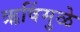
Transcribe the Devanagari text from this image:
ऋषिंमुळे